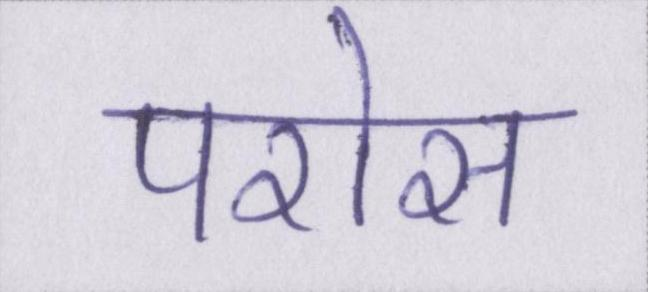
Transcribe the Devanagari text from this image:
परोस